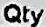
QTY